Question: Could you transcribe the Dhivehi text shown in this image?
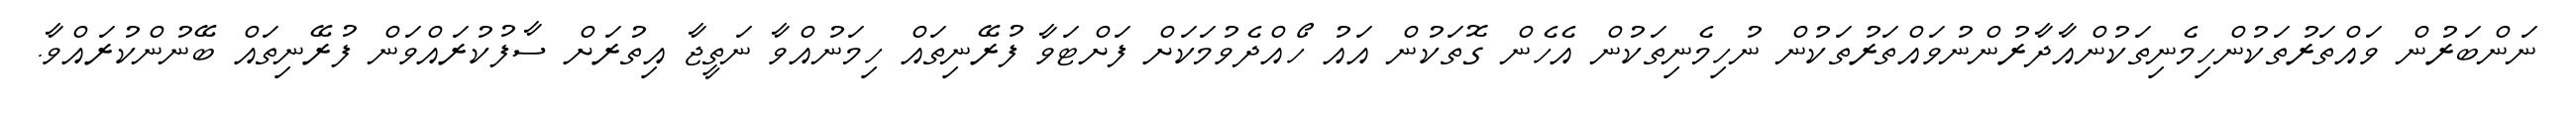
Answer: ނަންބަރުން ވައްތަރުތަކުންހިމެނިތަކުންއާދާރުންނުވައްތަރުތަކުން ނުހިމެނިތަކުން އެހެން ގޮތަކުން އައު ހޯއްދެވުމަކަށް ފަށްޓަވާ ފުރޭނިތައް ހިމަނުއްވާ ނަތީޖާ އިތުރަށް ސާފުކުރައްވަން ފުރޭނިތައް ބޭނުންކުރައްވާ.